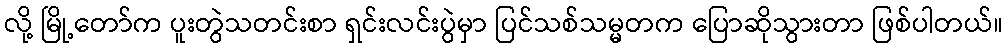
လို့ မြို့တော်က ပူးတွဲသတင်းစာ ရှင်းလင်းပွဲမှာ ပြင်သစ်သမ္မတက ပြောဆိုသွားတာ ဖြစ်ပါတယ်။